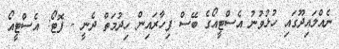
ނެއްލައިދޫގައި ހުޅުވުނު އެސްޓީއޯގެ ބޭސް ފިހާރައިން ހިދުމަތް ދެނީ - ފޮޓޯ: އެސްޓީއޯ